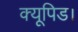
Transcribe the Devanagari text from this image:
क्यूपिड।